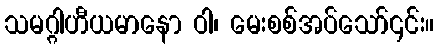
သမဂ္ဂါဟီယမာနော ဝါ၊ မေးစစ်အပ်သော်၎င်း။